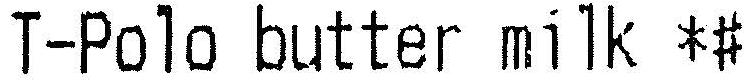
T-POLO BUTTER MILK *#